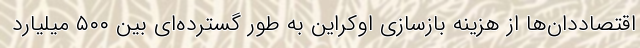
اقتصاددان‌ها از هزینه بازسازی اوکراین به طور گسترده‌ای بین ۵۰۰ میلیارد